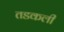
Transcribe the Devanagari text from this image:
तडकली